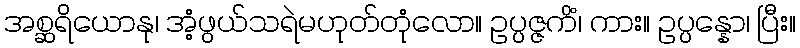
အစ္ဆရိယောနု၊ အံ့ဖွယ်သရဲမဟုတ်တုံလော။ ဥပ္ပဇ္ဇကိံ၊ ကား။ ဥပ္ပန္နော၊ ပြီး။